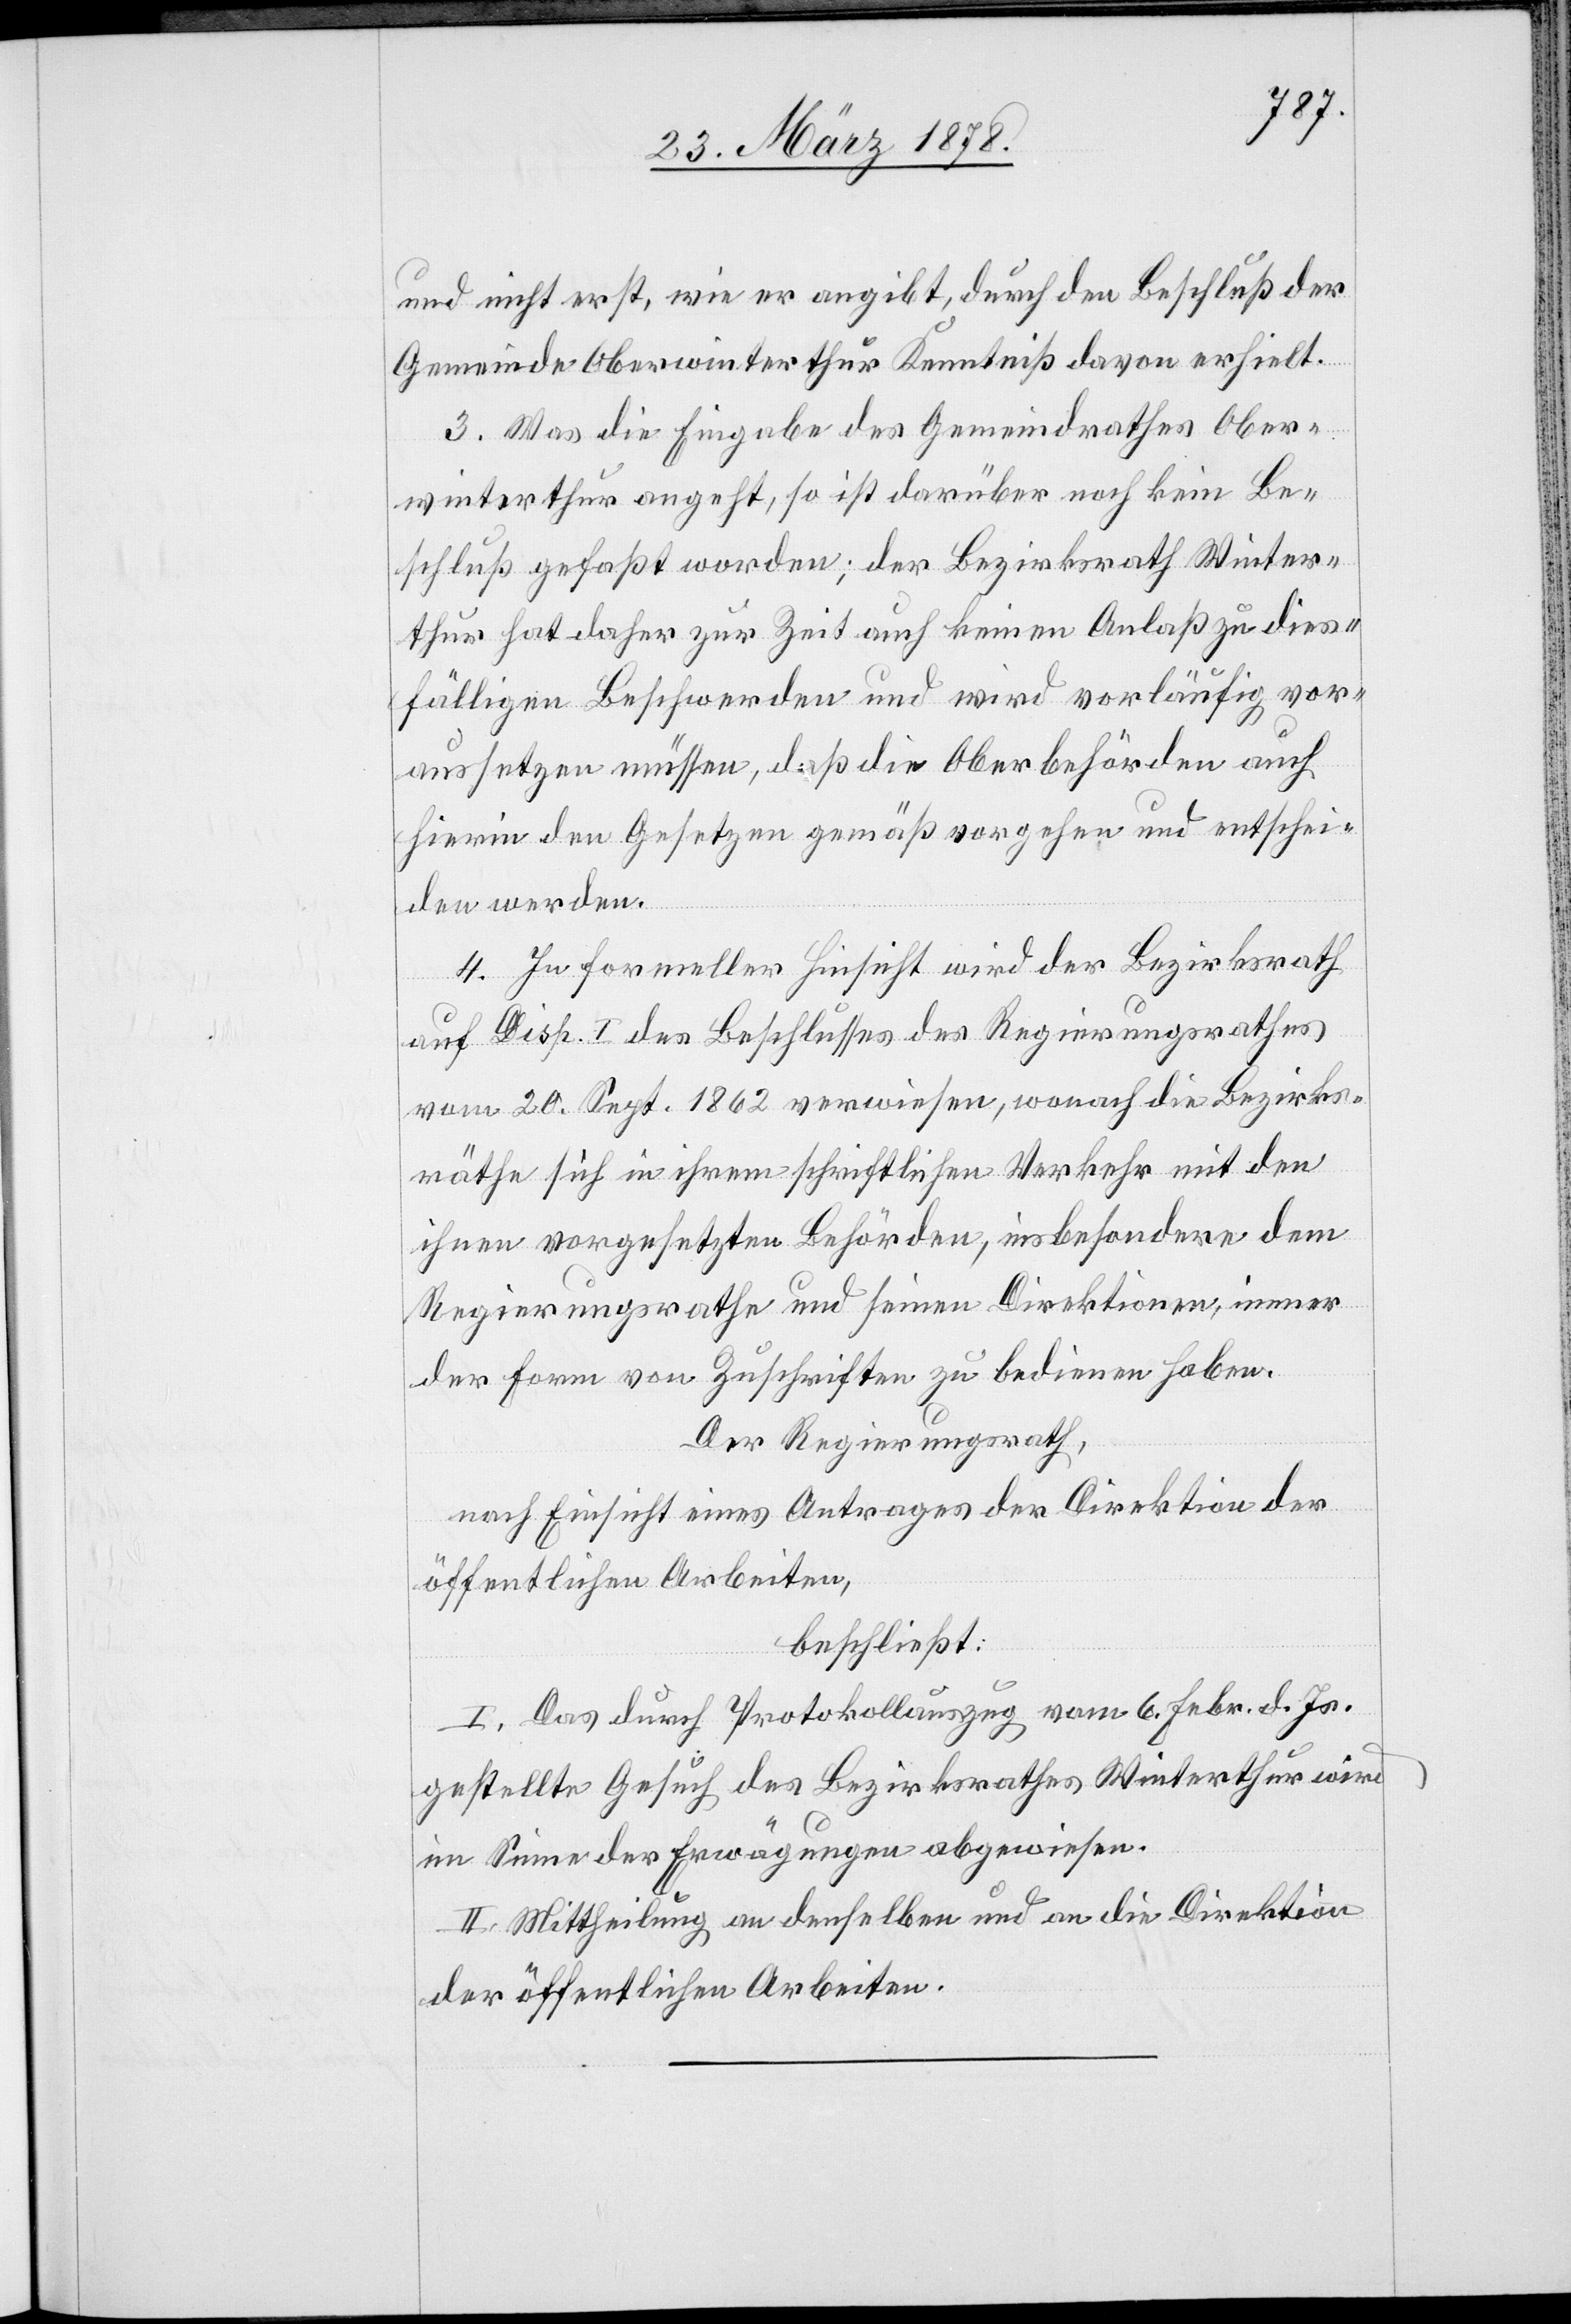
und nicht erst, wie er angibt, durch den Beschluß der
Gemeinde Oberwinterthur Kenntniß davon erhielt.
3. Was die Eingabe des Gemeindrathes Ober¬
winterthur angeht, so ist darüber noch kein Be¬
schluß gefaßt worden; der Bezirksrath Winter¬
thur hat daher zur Zeit auch keinen Anlaß zu dies¬
fälligen Beschwerden und wird vorläufig vor¬
aussetzen müssen, daß die Oberbehörden auch
hierin den Gesetzen gemäß vorgehen und entschei¬
den werden.
4. In formeller Hinsicht wird der Bezirksrath
auf Disp. I des Beschlusses des Regierungsrathes
vom 20. Sept. 1862 verwiesen, wonach die Bezirks¬
räthe sich in ihrem schriftlichen Verkehr mit den
ihnen vorgesetzten Behörden, insbesondere dem
Regierungsrathe und seinen Direktionen, immer
der Form von Zuschriften zu bedienen haben.
Der Regierungsrath,
nach Einsicht eines Antrages der Direktion der
öffentlichen Arbeiten,
beschließt:
I. Das durch Protokollauszug vom 6. Febr. d. Js.
gestellte Gesuch des Bezirksrathes Winterthur wird
im Sinne der Erwägungen abgewiesen.
II. Mittheilung an denselben und an die Direktion
der öffentlichen Arbeiten.